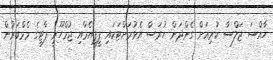
ހާއްސަ ޖަލްސާ ކުރިއަށް ގެންދަން ހުރަސް އެޅުމަށްޓަކައި ޕީޕީއެމާއި ޖުމްހޫރީ ޕާޓީގެ މެމްބަރުން